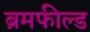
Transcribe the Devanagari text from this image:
ब्रमफील्ड